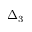
\Delta _ { 3 }